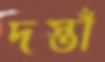
দস্তাঁ